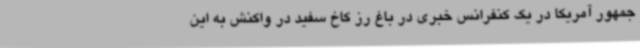
جمهور آمریکا در یک کنفرانس خبری در باغ رز کاخ سفید در واکنش به این